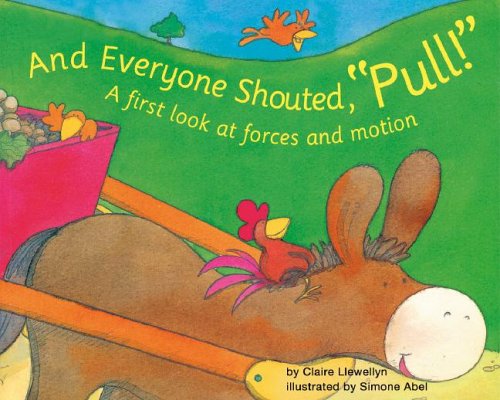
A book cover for And Everyone Shouted, "Pull!": A First Look at Forces and Motion (First Look: Science); Claire Llewellyn; Children's Books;